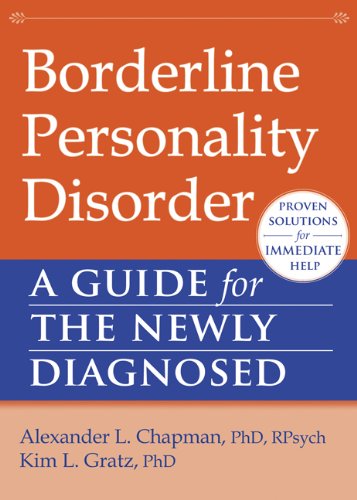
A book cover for Borderline Personality Disorder: A Guide for the Newly Diagnosed (The New Harbinger Guides for the Newly Diagnosed Series); Alexander L. Chapman PhD  RPsych; Health, Fitness & Dieting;